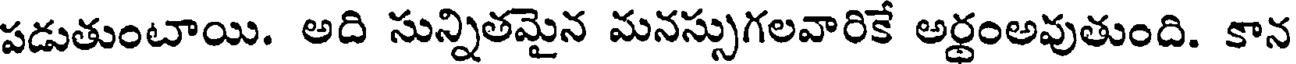
పడుతుంటాయి. అది సున్నితమైన మనస్సుగలవారికే అర్థంఅవుతుంది. కాన